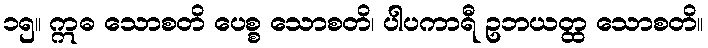
၁၅။ ဣဓ သောစတိ ပေစ္စ သောစတိ၊ ပါပကာရီ ဥဘယတ္ထ သောစတိ။